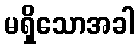
မရှိသောအခါ